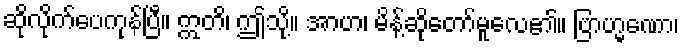
ဆိုလိုက်ပေကုန်ပြီ။ ဣတိ၊ ဤသို့။ အာဟ၊ မိန့်ဆိုတော်မူလေ၏။ ဗြာဟ္မဏော၊